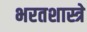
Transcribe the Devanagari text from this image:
भरतशास्त्रे